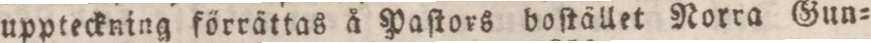
uppteckning förrättas å Paſtors boſtället Norra Gun=